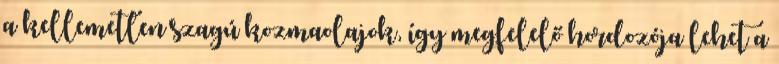
a kellemetlen szagú kozmaolajok, így megfelelő hordozója lehet a